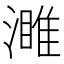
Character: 濉